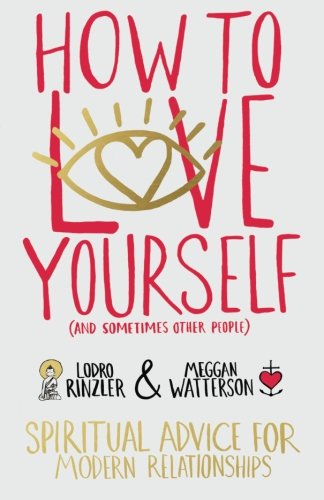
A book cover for How to Love Yourself (and Sometimes Other People): Spiritual Advice for Modern Relationships; Lodro Rinzler; Self-Help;